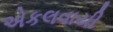
એકલવાયી